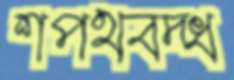
শপথবদ্ধ